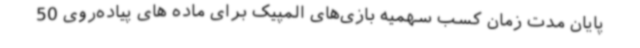
پایان مدت زمان کسب سهمیه بازی‌های المپیک برای ماده های پیاده‌روی 50